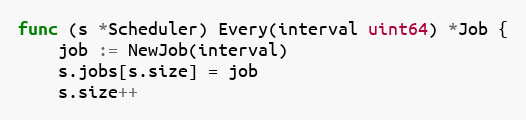
Language: Go
func (s *Scheduler) Every(interval uint64) *Job {
	job := NewJob(interval)
	s.jobs[s.size] = job
	s.size++